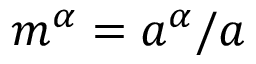
m ^ { \alpha } = a ^ { \alpha } / a